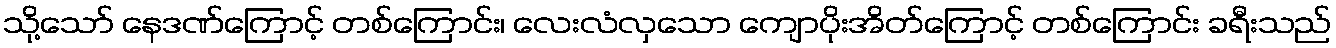
သို့သော် နေဒဏ်ကြောင့် တစ်ကြောင်း၊ လေးလံလှသော ကျောပိုးအိတ်ကြောင့် တစ်ကြောင်း ခရီးသည်